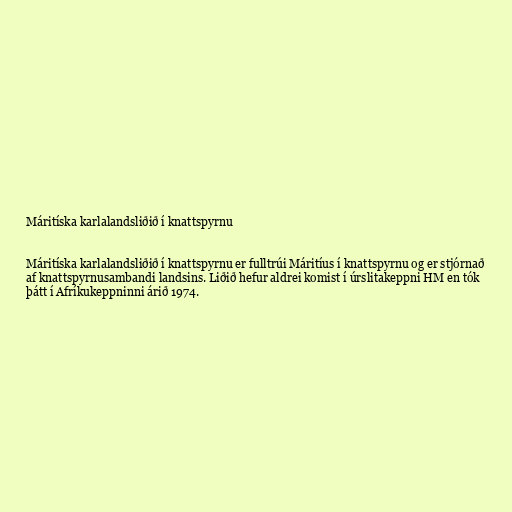
Máritíska karlalandsliðið í knattspyrnu

Márit­íska karlalandsliðið í knattspyrnu er fulltrúi Máritíus í knattspyrnu og er stjórnað
af knattspyrnusambandi landsins. Liðið hefur aldrei komist í úrslitakeppni HM en tók
þátt í Afríkukeppninni árið 1974.